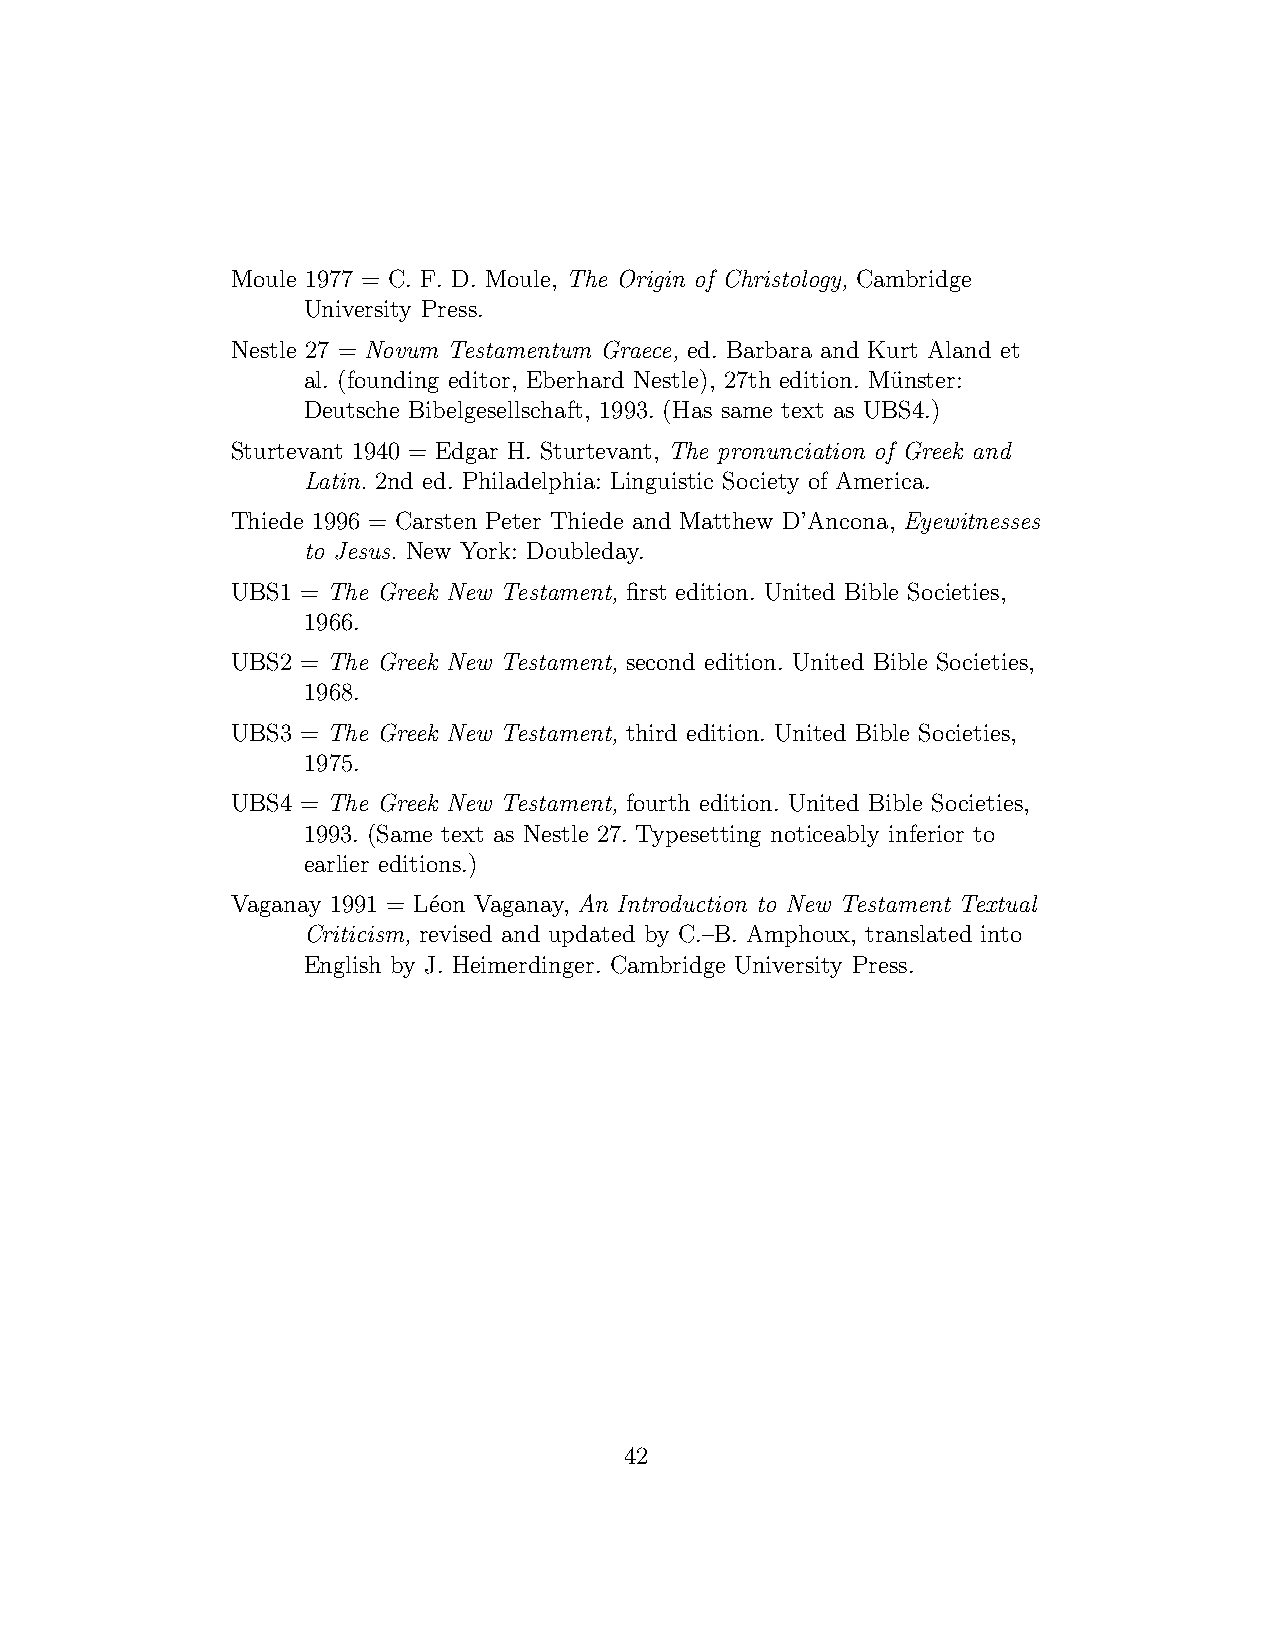
Moule 1977 = C. F. D. Moule, The Origin of Christology, Cambridge
 University Press.
 Nestle 27 = Novum Testamentum Graece, ed. Barbara and Kurt Aland et
 al. (founding editor, Eberhard Nestle), 27th edition. Mu¨nster:
 Deutsche Bibelgesellschaft, 1993. (Has same text as UBS4.)
 Sturtevant 1940 = Edgar H. Sturtevant, The pronunciation of Greek and
 Latin. 2nd ed. Philadelphia: Linguistic Society of America.
 Thiede 1996 = Carsten Peter Thiede and Matthew D’Ancona, Eyewitnesses
 to Jesus. New York: Doubleday.
 UBS1 = The Greek New Testament, first edition. United Bible Societies,
 1966.
 UBS2 = The Greek New Testament, second edition. United Bible Societies,
 1968.
 UBS3 = The Greek New Testament, third edition. United Bible Societies,
 1975.
 UBS4 = The Greek New Testament, fourth edition. United Bible Societies,
 1993. (Same text as Nestle 27. Typesetting noticeably inferior to
 earlier editions.)
 Vaganay 1991 = L´eon Vaganay, An Introduction to New Testament Textual
 Criticism, revised and updated by C.–B. Amphoux, translated into
 English by J. Heimerdinger. Cambridge University Press.
 42